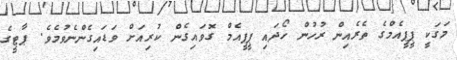
މަގަކީ ޕީޕީއެމްގެ ތެރެއިން ރުހުން ހޯދައި ޕީޕީއެމް ގޮވައިގެން ކުރިއަށް ވަޑައިގެންނެވުމެވެ. ޕާޓީގެ